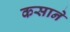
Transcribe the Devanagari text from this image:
कसाने